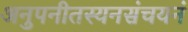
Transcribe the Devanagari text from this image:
अनुपनीतस्यनसंचयनं